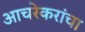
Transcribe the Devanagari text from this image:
आचरेकरांचा